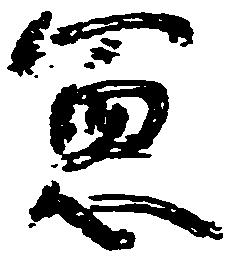
憲